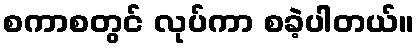
စကာစတွင် လုပ်ကာ စခဲ့ပါတယ်။